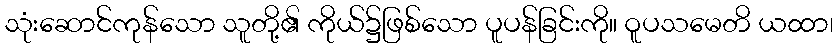
သုံးဆောင်ကုန်သော သူတို့၏ ကိုယ်၌ဖြစ်သော ပူပန်ခြင်းကို။ ဝူပသမေတိ ယထာ၊